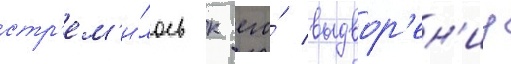
стр'ем'и́лось к его́ выдвор'ен'иу